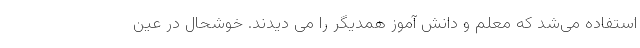
استفاده می‌شد که معلم و دانش آموز همدیگر را می دیدند. خوشحال در عین